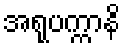
အရုပက္ကာနိ